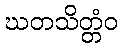
ဃတသိတ္တံဝ